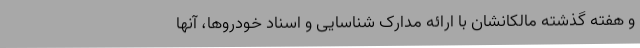
و هفته گذشته مالکانشان با ارائه مدارک شناسایی و اسناد خودروها، آنها